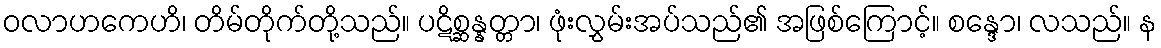
ဝလာဟကေဟိ၊ တိမ်တိုက်တို့သည်။ ပဋိစ္ဆန္နတ္တာ၊ ဖုံးလွှမ်းအပ်သည်၏ အဖြစ်ကြောင့်။ စန္ဒော၊ လသည်။ န